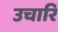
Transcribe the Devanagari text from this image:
उचारि